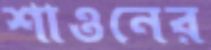
শাওনের